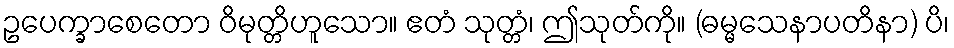
ဥပေက္ခာစေတော ဝိမုတ္တိဟူသော။ ဧတံ သုတ္တံ၊ ဤသုတ်ကို။ (ဓမ္မသေနာပတိနာ) ပိ၊